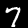
Label: 7